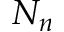
N _ { n }